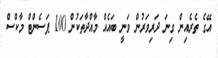
އޭގެ ތެރެއިން ގިނަ ދަރިވަރުން ވަނީ ބައެއް މާއްދާތަކުން 100 ޕަސެންޓް މާކްސް